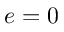
e = 0